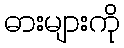
ဓားများကို